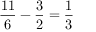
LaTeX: { \frac { 1 1 } { 6 } } - { \frac { 3 } { 2 } } = { \frac { 1 } { 3 } }